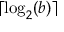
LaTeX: \lceil \log _ { 2 } ( b ) \rceil